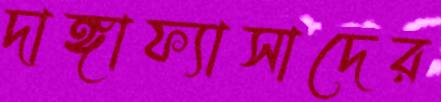
দাঙ্গাফ্যাসাদের